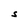
Character: S